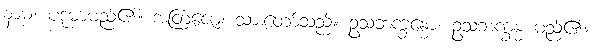
နာမ၊ ပဒုမာမည်၏။ အတြဇော၊ သားတော်သည်။ ဥသဘက္ခန္ဓော၊ ဥသဘက္ခန္ဓ မည်၏။